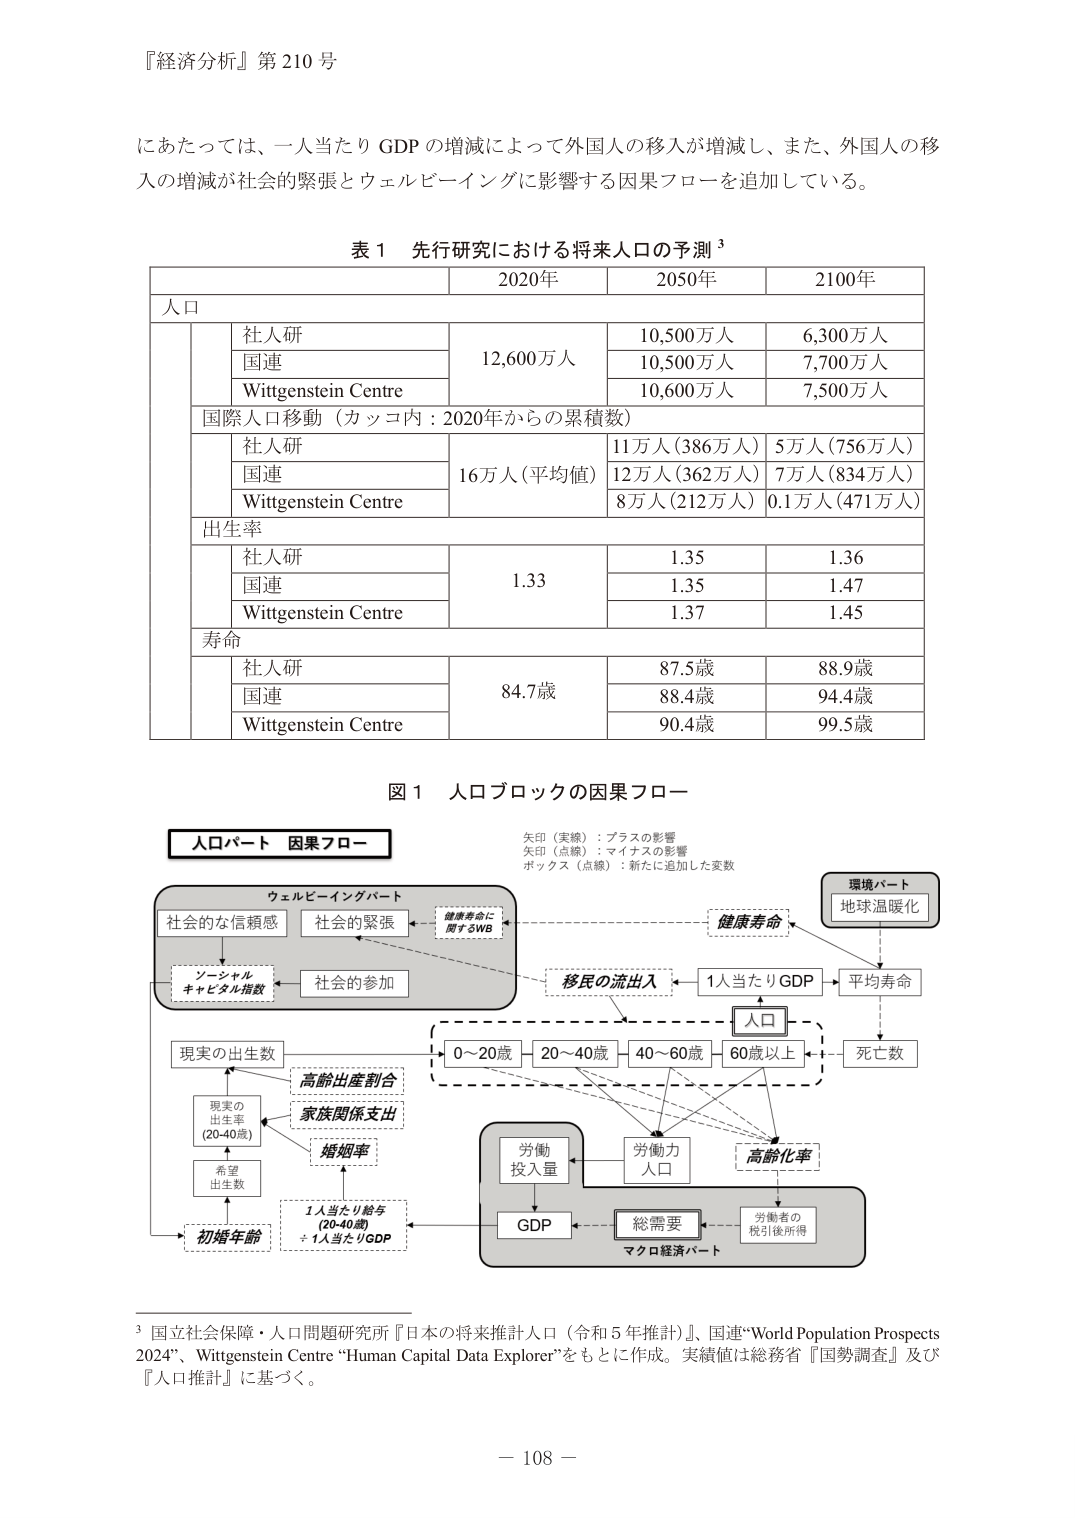
『経済分析』第210号

にあたっては、一人当たりGDPの増減によって外国人の移入が増減し、また、外国人の移入の増減が社会的緊張とウェルビーイングに影響する因果フローを追加している。

表1 先行研究における将来人口の予測³

| | 2020年 | 2050年 | 2100年 |
|---|---|---|---|
| 人口 | | | |
| | 社人研 | 12,600万人 | 10,500万人 | 6,300万人 |
| | 国連 | | 10,500万人 | 7,700万人 |
| | Wittgenstein Centre | | 10,600万人 | 7,500万人 |
| | 国際人口移動（カッコ内：2020年からの累積数） | | | |
| | 社人研 | 16万人（平均値） | 11万人（386万人） | 5万人（756万人） |
| | 国連 | | 12万人（362万人） | 7万人（834万人） |
| | Wittgenstein Centre | | 8万人（212万人） | 0.1万人（471万人） |
| 出生率 | | | |
| | 社人研 | 1.33 | 1.35 | 1.36 |
| | 国連 | | 1.35 | 1.47 |
| | Wittgenstein Centre | | 1.37 | 1.45 |
| 寿命 | | | |
| | 社人研 | 84.7歳 | 87.5歳 | 88.9歳 |
| | 国連 | | 88.4歳 | 94.4歳 |
| | Wittgenstein Centre | | 90.4歳 | 99.5歳 |

図1 人口ブロックの因果フロー

人口パート 因果フロー

矢印（実線）：プラスの影響
矢印（点線）：マイナスの影響
ボックス（点線）：新たに追加した変数

環境パート
地球温暖化

ウェルビーイングパート
社会的な信頼感
社会的緊張
健康寿命に関するSWB
ソーシャルキャピタル指数
社会的参加

移民の流出入
1人当たりGDP
平均寿命
人口
死亡数
0～20歳
20～40歳
40～60歳
60歳以上

現実の出生数
高齢出産割合
家族関係支出
婚姻率
現実の出生率（20-40歳）
希望出生数
初婚年齢
1人当たり給与（20-40歳）÷1人当たりGDP

労働投入量
労働力人口
高齢化率
GDP
総需要
労働者の税引後所得
マクロ経済パート

³ 国立社会保障・人口問題研究所『日本の将来推計人口（令和5年推計）』、国連“World Population Prospects 2024”、Wittgenstein Centre “Human Capital Data Explorer”をもとに作成。実績値は総務省『国勢調査』及び『人口推計』に基づく。

－ 108 －